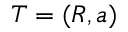
T = ( R , a )